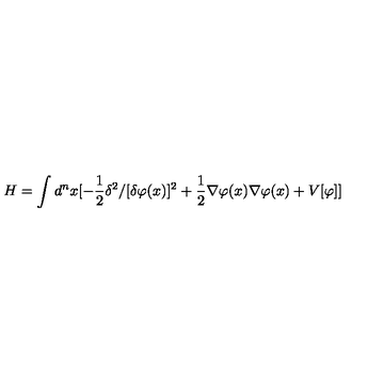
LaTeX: H = \int d ^ { n } x [ - { \frac { 1 } { 2 } } \delta ^ { 2 } / [ \delta \varphi ( x ) ] ^ { 2 } + { \frac { 1 } { 2 } } \nabla \varphi ( x ) \nabla \varphi ( x ) + V [ \varphi ] ]